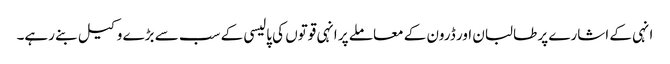
انہی کے اشارے پر طالبان اور ڈرون کے معاملے پر انہی قوتوں کی پالیسی کے سب سے بڑے وکیل بنے رہے۔